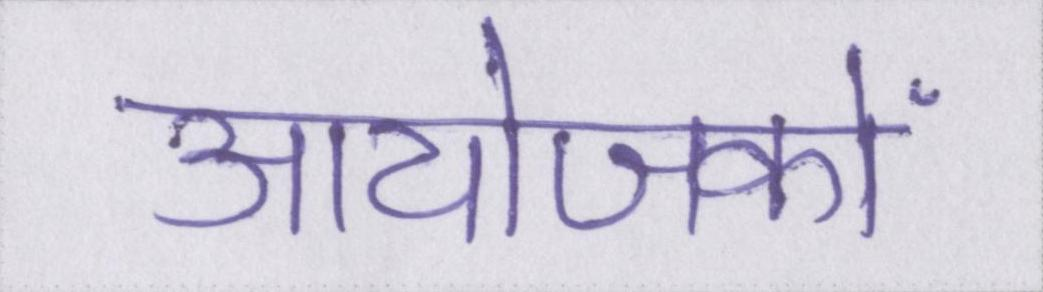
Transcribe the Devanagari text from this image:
आयोजकों